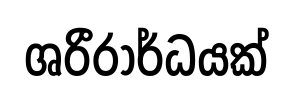
ශරීරාර්ධයක්